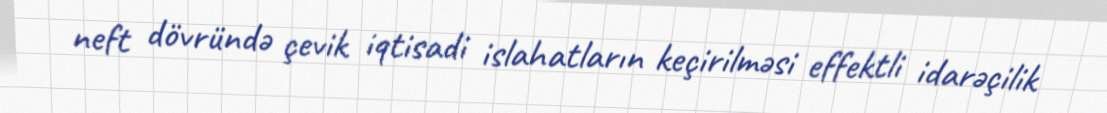
neft dövründə çevik iqtisadi islahatların keçirilməsi effektli idarəçilik